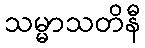
သမ္မာသတိနီ